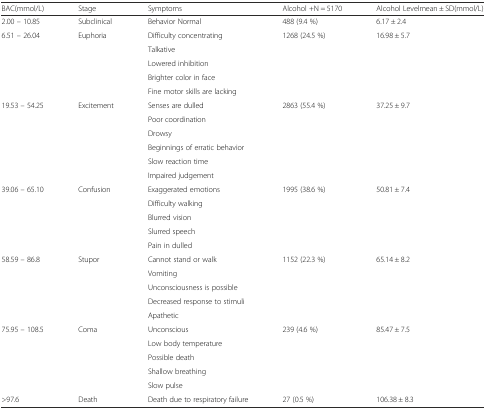
<table><thead><tr><td><b>BAC(mmol/L)</b></td><td><b>Stage</b></td><td><b>Symptoms</b></td><td><b>Alcohol +N = 5170</b></td><td><b>Alcohol Levelmean ± SD(mmol/L)</b></td></tr></thead><tbody><tr><td>2.00 – 10.85</td><td>Subclinical</td><td>Behavior Normal</td><td>488 (9.4 %)</td><td>6.17 ± 2.4</td></tr><tr><td rowspan="5">6.51 – 26.04</td><td rowspan="5">Euphoria</td><td>Difficulty concentrating</td><td rowspan="5">1268 (24.5 %)</td><td rowspan="5">16.98 ± 5.7</td></tr><tr><td>Talkative</td></tr><tr><td>Lowered inhibition</td></tr><tr><td>Brighter color in face</td></tr><tr><td>Fine motor skills are lacking</td></tr><tr><td rowspan="6">19.53 – 54.25</td><td rowspan="6">Excitement</td><td>Senses are dulled</td><td rowspan="6">2863 (55.4 %)</td><td rowspan="6">37.25 ± 9.7</td></tr><tr><td>Poor coordination</td></tr><tr><td>Drowsy</td></tr><tr><td>Beginnings of erratic behavior</td></tr><tr><td>Slow reaction time</td></tr><tr><td>Impaired judgement</td></tr><tr><td rowspan="5">39.06 – 65.10</td><td rowspan="5">Confusion</td><td>Exaggerated emotions</td><td rowspan="5">1995 (38.6 %)</td><td rowspan="5">50.81 ± 7.4</td></tr><tr><td>Difficulty walking</td></tr><tr><td>Blurred vision</td></tr><tr><td>Slurred speech</td></tr><tr><td>Pain in dulled</td></tr><tr><td rowspan="5">58.59 – 86.8</td><td rowspan="5">Stupor</td><td>Cannot stand or walk</td><td rowspan="5">1152 (22.3 %)</td><td rowspan="5">65.14 ± 8.2</td></tr><tr><td>Vomiting</td></tr><tr><td>Unconsciousness is possible</td></tr><tr><td>Decreased response to stimuli</td></tr><tr><td>Apathetic</td></tr><tr><td rowspan="5">75.95 – 108.5</td><td rowspan="5">Coma</td><td>Unconscious</td><td rowspan="5">239 (4.6 %)</td><td rowspan="5">85.47 ± 7.5</td></tr><tr><td>Low body temperature</td></tr><tr><td>Possible death</td></tr><tr><td>Shallow breathing</td></tr><tr><td>Slow pulse</td></tr><tr><td>&gt;97.6</td><td>Death</td><td>Death due to respiratory failure</td><td>27 (0.5 %)</td><td>106.38 ± 8.3</td></tr></tbody></table>